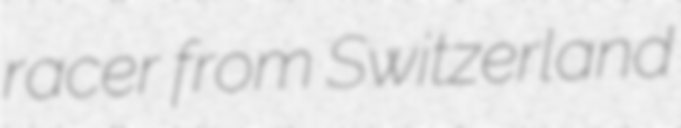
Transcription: racer from Switzerland